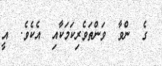
ގެ  ންވާ  ވަންތަވެރިކަމަކާއި  އެކެވެ.  އީ